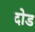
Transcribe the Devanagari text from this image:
दोड